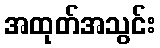
အထုတ်အသွင်း